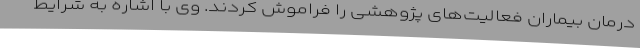
درمان بیماران فعالیت‌های پژوهشی را فراموش کردند. وی با اشاره به شرایط